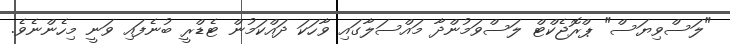
"ލަސްވިޔަސް" ޕްރޮޖެކްޓް ލަސްވަމުންދާ މައްސަލާގައި ވާހަކަ ދައްކަމުން ޓެޑްރީ ބުނެފައި ވަނީ މިހެންނެވެ.